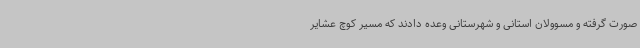
صورت گرفته و مسوولان استانی و شهرستانی وعده دادند که مسیر کوچ عشایر